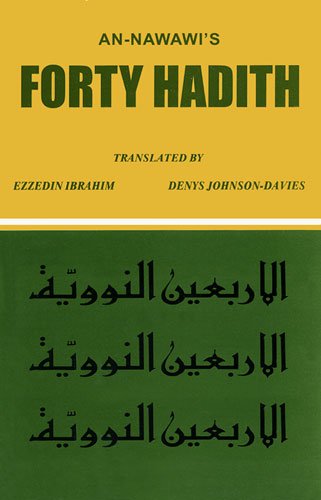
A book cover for An Nawai's Forty Hadith: Arabic-English; E. Ibraheem; Religion & Spirituality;